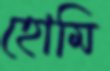
হোমি